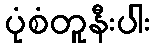
ပုံစံတူနီးပါး